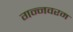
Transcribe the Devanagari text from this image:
गन्‍नवरम